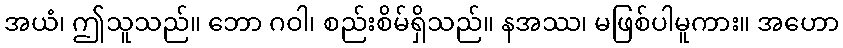
အယံ၊ ဤသူသည်။ ဘော ဂဝါ၊ စည်းစိမ်ရှိသည်။ နအဿ၊ မဖြစ်ပါမူကား။ အဟော